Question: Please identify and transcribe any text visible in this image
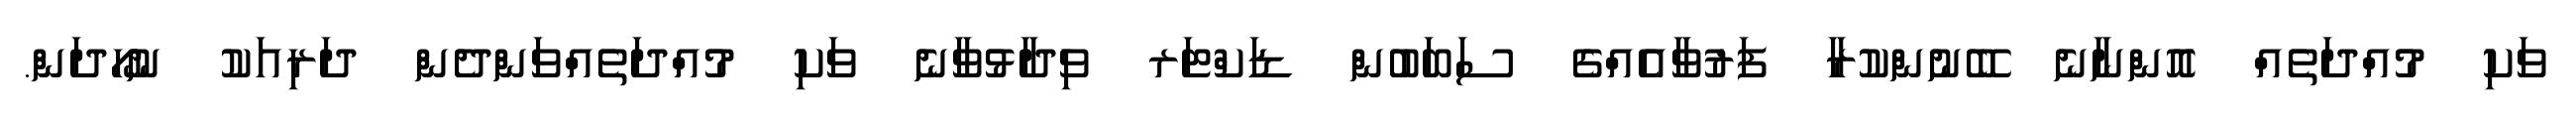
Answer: ވަކި މުއްދަތެއް އޮންނާނެ ބޭނުންކުރާ ފަރުވާއެއްގެ ސަބަބުން ޑަކްޓަރ ވިދާޅުވާނެ ވަކި މުއްދަތެއްވަންދެން ދަރިއަކު ނުހޯދަން.